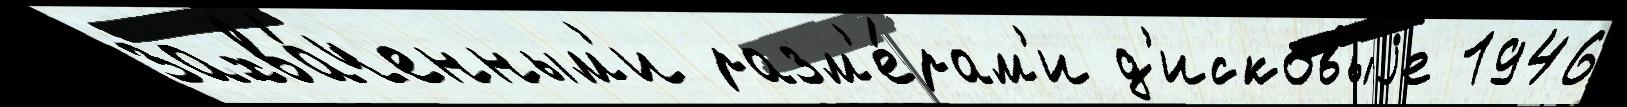
захва́ченным'и разм'е́рам'и д'исковыjе 1946